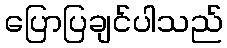
ပြောပြချင်ပါသည်